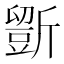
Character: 𣃃